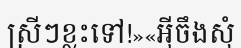
ស្រីៗខ្លះទៅ!»«អ៊ីចឹងសុំ